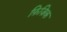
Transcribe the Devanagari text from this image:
फ़िज़िक